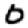
Digit: 0